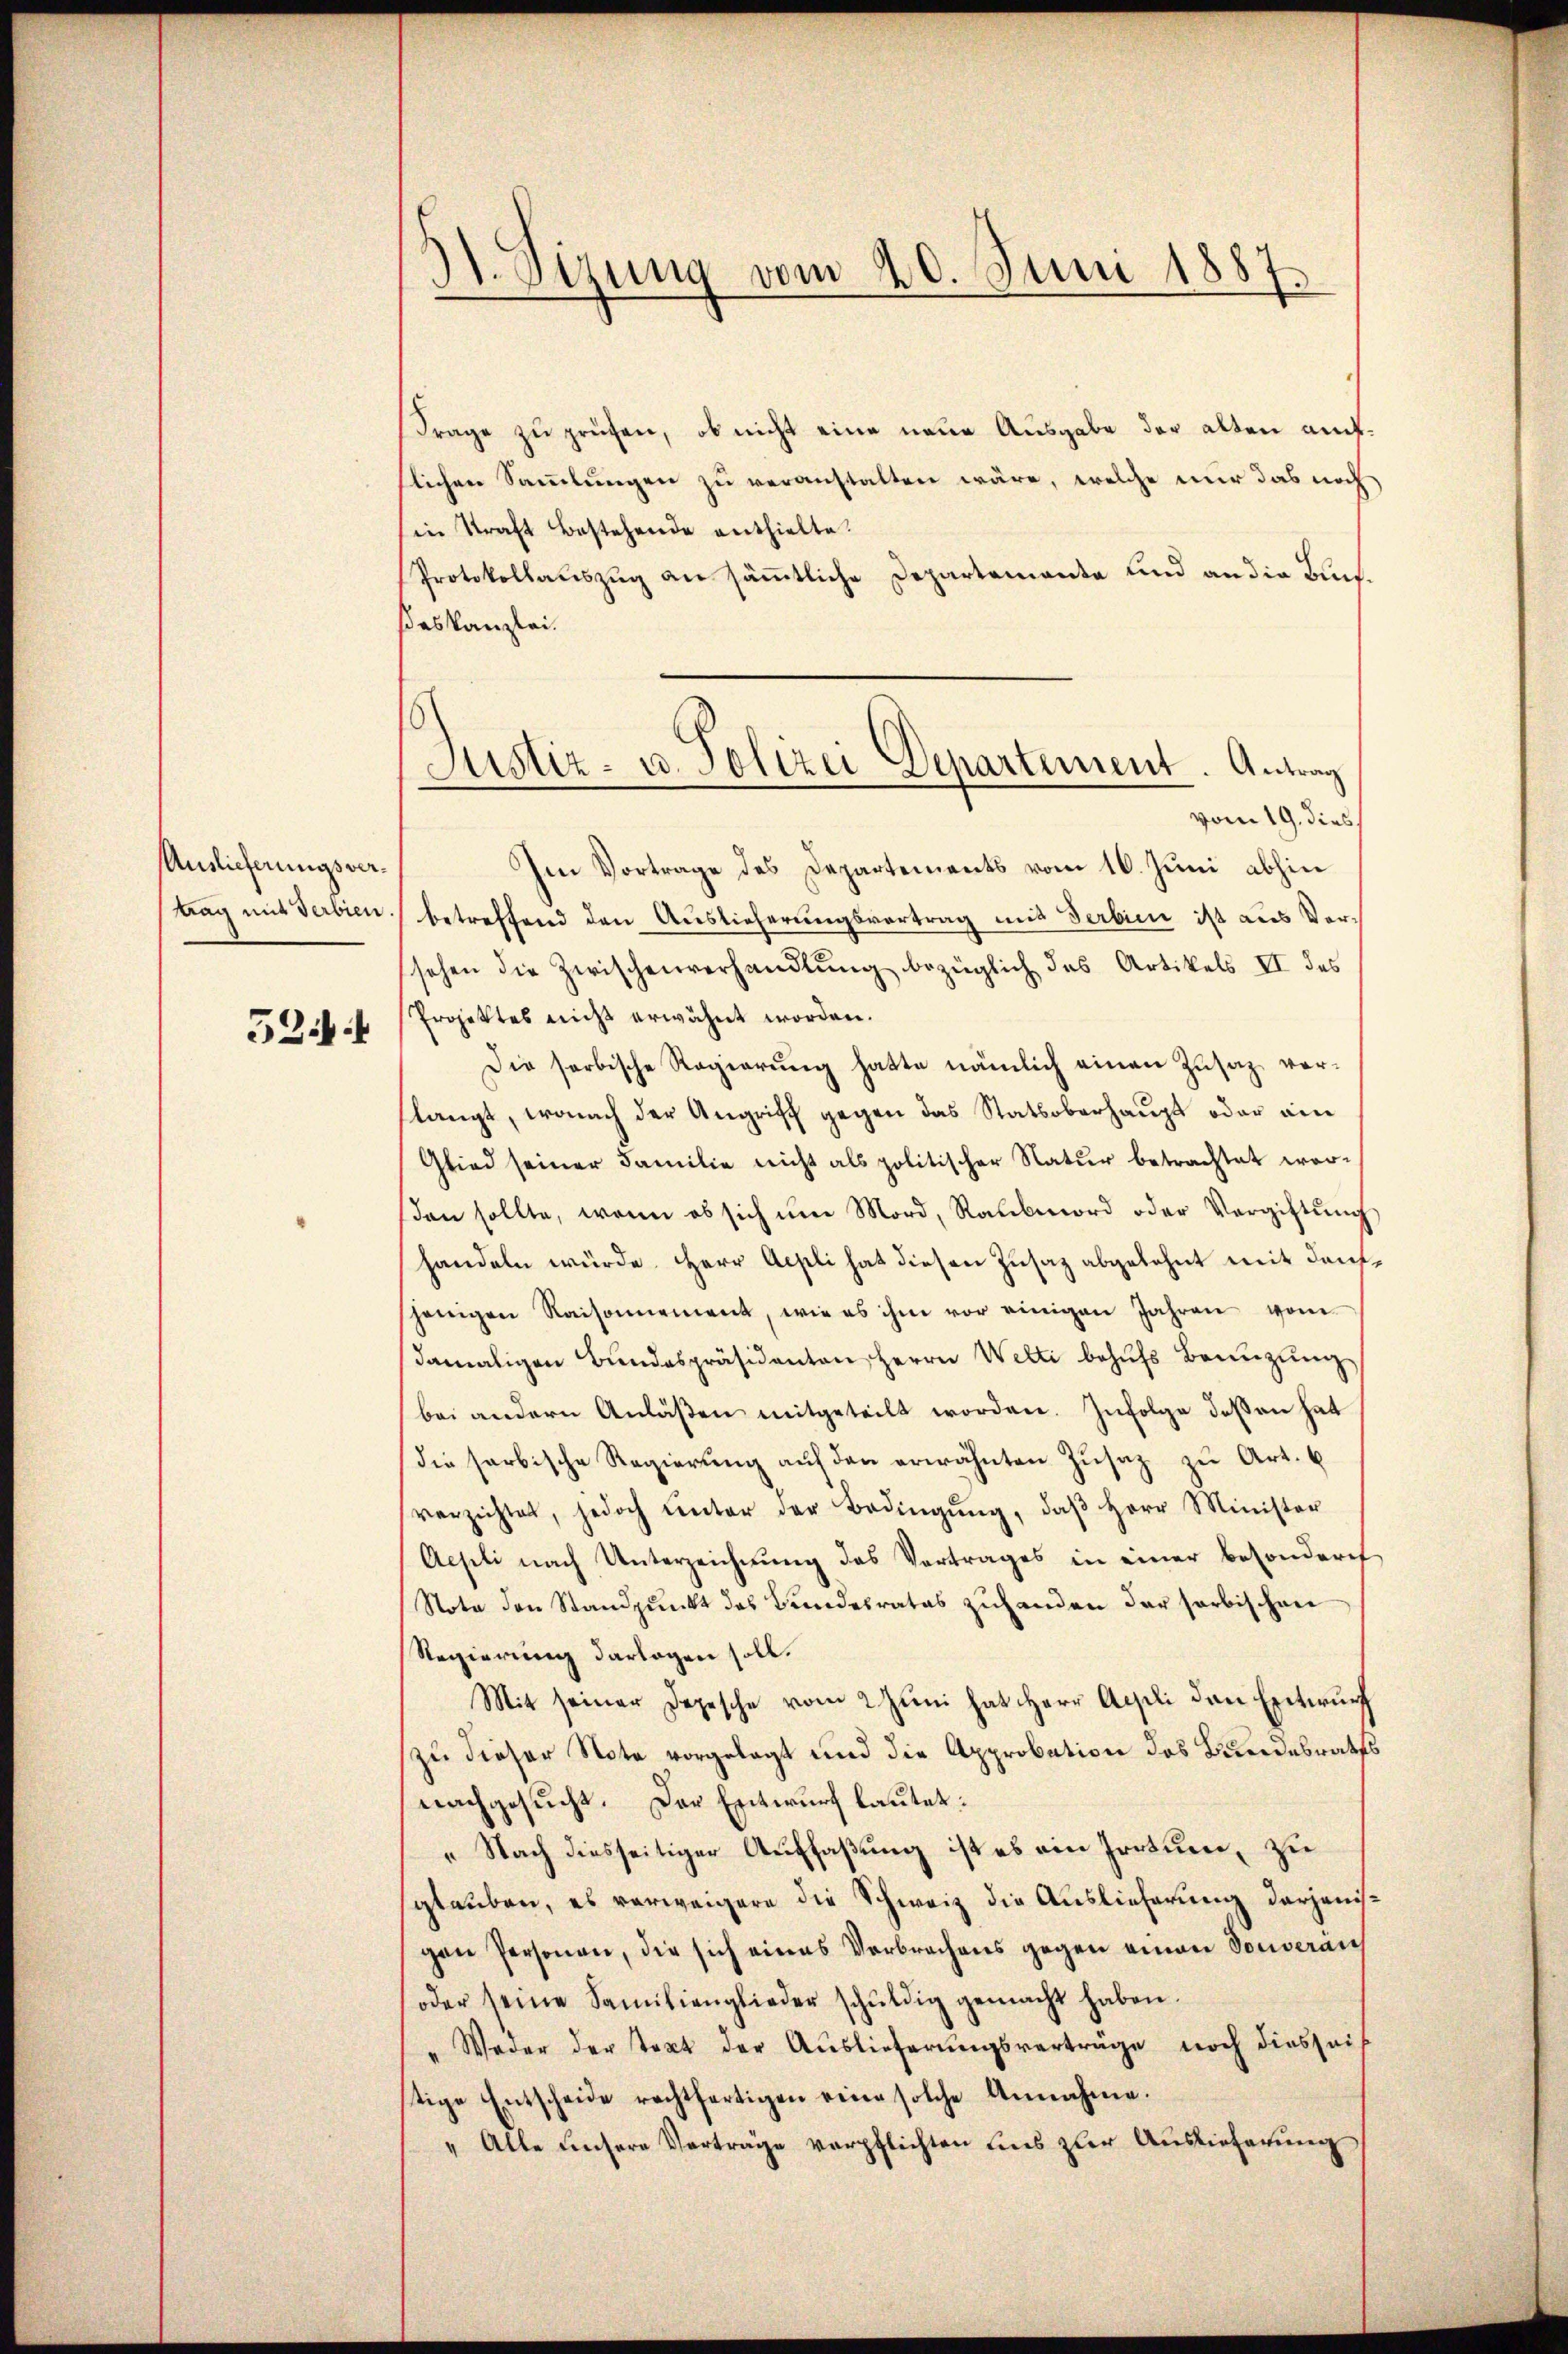
Auslieferungsver¬

524 f

dt. Sitzung vom 20. Juni 1887.

Justiz- u. Polizei Departement. Antrag

Frage zu prüfen, ob nicht eine neue Ausgabe der alten auflichen Sammlungen zu veranstalten wäre, welche nur das noch
in Kraft bestehende enthielte.
Protokollauszug an sämmtliche Departemente und an die Buchßeskanzlei.
vom 19. dies
Im Vortrage des Departements vom 16. Juni abhin
trag mit Verbien betreffend den Auslieferungsvertrag mit Serbien ist aus Versehen die Zwischenverhandlung bezüglich des Artikels II des
Projektes nicht erwähnt worden.
Die sorbische Regierung hatte nämlich einen Zusaz vorslangt, wonach der Angriff gegen das Stattoberhaupt oder ain
Glied seiner Familie nicht als politischer Natur betrachtet worβen sollte, wenn es sich ŭm Mord, Raubmord oder Vergiftŭng
handeln würde. Herr Aepli hat diesen Zusaz abgelehnt mit densjenigen Raisonnement, wie es ihm vor einigen Jahren vom
damaligen Bŭndespräsidenten Herrn Welti behŭfs Bennzŭng
bei andern Anläßen mitgeteilt worden. Infolge deßen hat
die farbische Regierŭng aŭf den erwähnten Zŭsatz zu Art. 6
verzichtet, jedoch unter der Bedingŭng, daβ Herr Minister
Aepli nach Unterzeichnŭng das Vertrages in einer besonderes
Note den Standpŭnkt des Bundesrates zŭhanden der sorbischen
Regierung darlogen soll.
Mit seiner Depesche vom 2 Juni hat Herr Appli den Entwurf
zu dieser Nota vorgelegt und die Approbation des Bundesraths
nachgesucht. Der Entwurf lautet:
„Nach diesseitiger Auffaßung ist es ein Irrtum, zu
glauben, es verweigere die Schweiz die Auslieferung derjenisgen Personen, die sich eines Verbrechens gegen einen Souveran
(oder seine Familienglieder schŭldig gemacht haben.
" Weder der text der Auslieferŭngsverträge noch diesseis
tige Entscheide rechtfertigen eine solche Annahme.
" Alle unsere Vorträge verpflichten uns zur Auslieferung